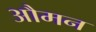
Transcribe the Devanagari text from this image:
औमन